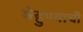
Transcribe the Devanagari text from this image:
मेहुण्याची